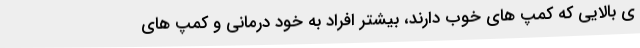
ی بالایی که کمپ های خوب دارند، بیشتر افراد به خود درمانی و کمپ های